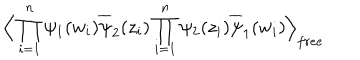
LaTeX: \Big \langle \prod _ { i = 1 } ^ { n } \psi _ { 1 } ( w _ { i } ) \overline { { { \psi } } } _ { 2 } ( z _ { i } ) \prod _ { i = 1 } ^ { n } \psi _ { 2 } ( z _ { i } ) \overline { { { \psi } } } _ { 1 } ( w _ { i } ) \Big \rangle _ { f r e e }